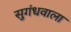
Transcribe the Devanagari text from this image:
सुगंधवाला